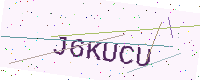
Text: J6KUCU